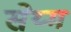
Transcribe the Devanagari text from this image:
सेय्म